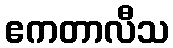
ဧကတာလီသ